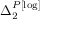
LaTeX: \Delta _ { 2 } ^ { P [ \log ] }